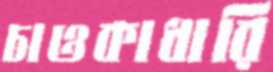
চাওকাধারি